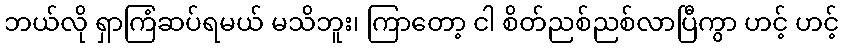
ဘယ်လို ရှာကြံဆပ်ရမယ် မသိဘူး၊ ကြာတော့ ငါ စိတ်ညစ်ညစ်လာပြီကွာ ဟင့် ဟင့်